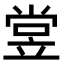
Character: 𬔢